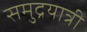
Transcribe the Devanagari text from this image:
समुद्रयात्री